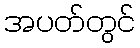
အပတ်တွင်